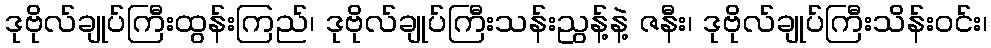
ဒုဗိုလ်ချုပ်ကြီးထွန်းကြည်၊ ဒုဗိုလ်ချုပ်ကြီးသန်းညွန့်နဲ့ ဇနီး၊ ဒုဗိုလ်ချုပ်ကြီးသိန်းဝင်း၊